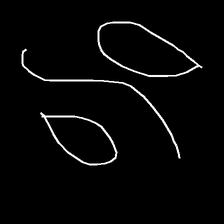
Glyph: water